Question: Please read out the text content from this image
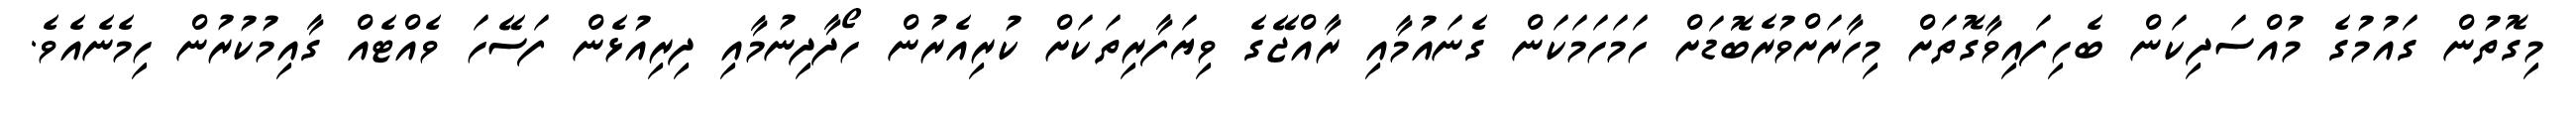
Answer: މިގޮތުން ގައުމުގެ މުއްސަދިކަން ބެހިފައިވާގޮތަށް މިހާރަށްވުރެބޮޑަށް ހަމަހަމަކަން ގެނައުމާއި ރާއްޖޭގެ ވިޔަފާރިތަކަށް ކުރިއެރުން ހޯދާދިނުމާއި ދިރިއުޅެން ފަސޭހަ ވެއްޓެއް ގާއިމުކުރުން ހިމެނެއެވެ.